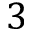
3